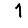
Digit: 1